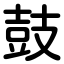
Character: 鼓